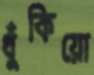
ধুঁকিয়ো